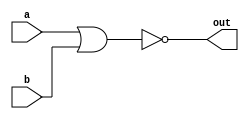
module nor_gate(input a, input b, output out);

    assign out = ~(a | b);

endmodule